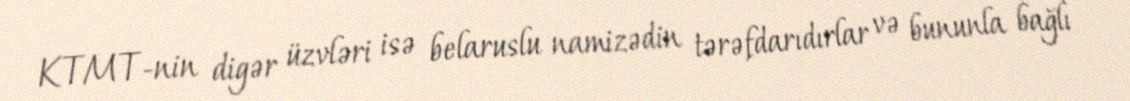
KTMT-nin digər üzvləri isə belaruslu namizədin tərəfdarıdırlar və bununla bağlı